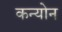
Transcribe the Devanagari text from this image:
कन्योन